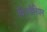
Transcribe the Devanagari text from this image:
पिगमैलियन